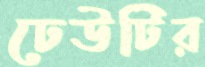
ঢেউটির